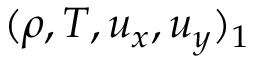
( \rho , T , u _ { x } , u _ { y } ) _ { 1 }